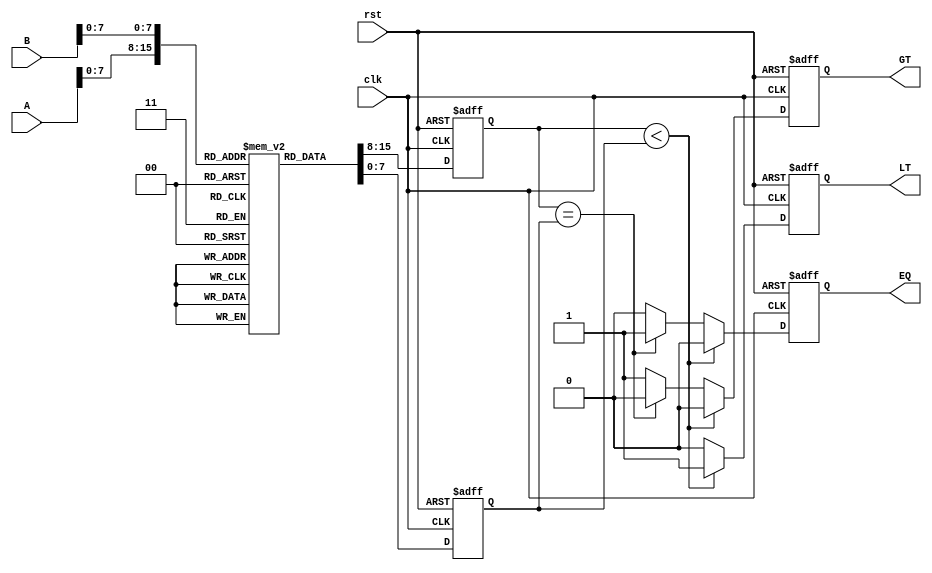
module LogarithmicComparator (
    input wire clk,
    input wire rst,
    input wire [15:0] A, // 16-bit input A
    input wire [15:0] B, // 16-bit input B
    output reg LT,       // Less Than output
    output reg EQ,       // Equal output
    output reg GT        // Greater Than output
);

    // Logarithm look-up table for values 1 to 255 (assuming A and B are positive)
    reg [7:0] log_table [0:255];
    initial begin
        // Populate the log_table with log2 values (for example)
        // log_table[0] = 8'b00000000; // log2(0) is undefined
        log_table[1] = 8'b00000000; // log2(1) = 0
        log_table[2] = 8'b00000001; // log2(2) = 1
        log_table[3] = 8'b00000010; // log2(3) = 1.585
        log_table[4] = 8'b00000100; // log2(4) = 2
        log_table[5] = 8'b00000101; // log2(5) = 2.321
        // ... Fill in the rest of the table ...
        log_table[255] = 8'b11111111; // log2(255) = 7.994
    end

    reg [7:0] log_A;
    reg [7:0] log_B;

    // Logarithm Calculation
    always @(posedge clk or posedge rst) begin
        if (rst) begin
            log_A <= 8'b0;
            log_B <= 8'b0;
            LT <= 0;
            EQ <= 0;
            GT <= 0;
        end else begin
            // Assuming inputs A and B are in the range [1, 255]
            log_A <= log_table[A[7:0]]; // Get log2(A)
            log_B <= log_table[B[7:0]]; // Get log2(B)

            // Comparator Logic
            if (log_A < log_B) begin
                LT <= 1;
                EQ <= 0;
                GT <= 0;
            end else if (log_A == log_B) begin
                LT <= 0;
                EQ <= 1;
                GT <= 0;
            end else begin
                LT <= 0;
                EQ <= 0;
                GT <= 1;
            end
        end
    end
endmodule